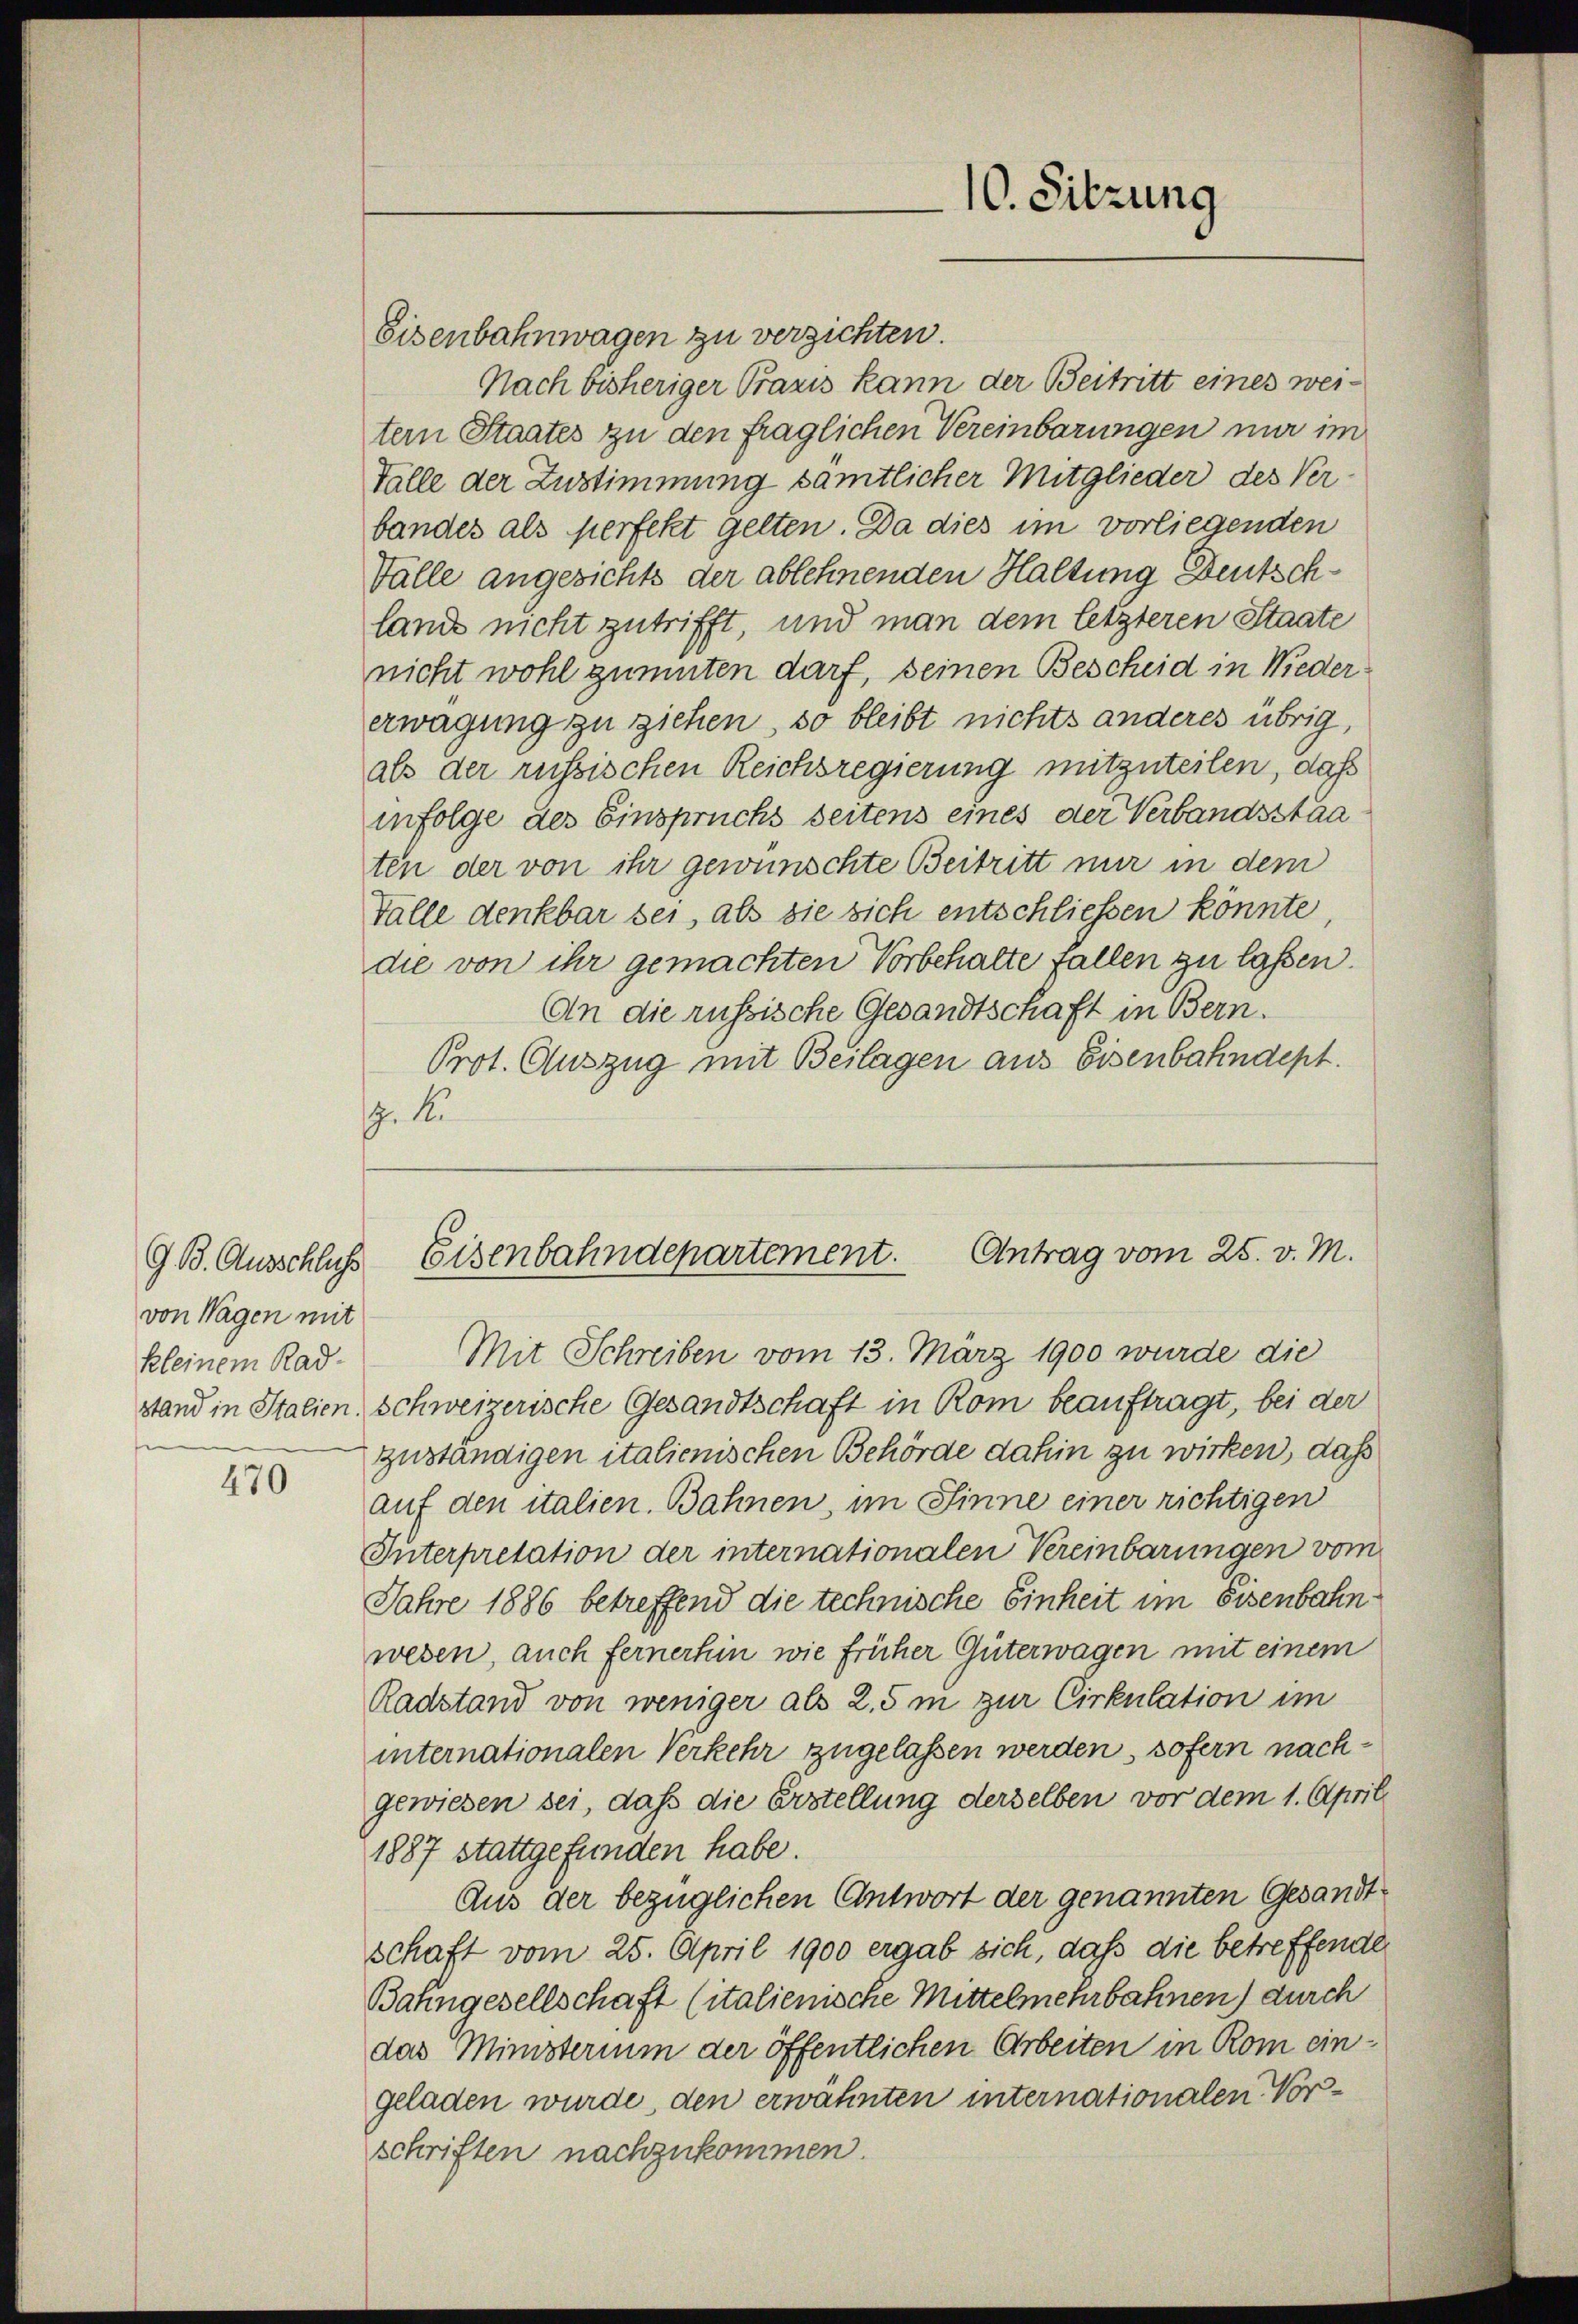
G. B. Ausschluss
von Wagen mit
kleinem Rad-

470

Eisenbahnwagen zu verzichten.
Nach bisheriger Praxis kann der Beitritt eines weitern Staates zu den fraglichen Vereinbarungen nur im
Talle der Zustimmung sämtlicher Mitglieder des Verbandes als perfekt gelten. Da dies im vorliegenden
Valle angesichts der ablehnenden Haltung Deutschlande nicht zutrifft, und man dem letzteren Staate
nicht wohl günnten darf, seinen Bescheid in Niedererwägung zu ziehen, so bleibt nichts anderes übrig,
als der russischen Reichsregierung mitzuteilen, daß
infolge des Einspruchs seitens eines der Verbandsstaa
ten der von ihr gewünschte Beitritt nur in dem
Talle denkbar sei, als sie sich entschließen könnte
die von ihr gemachten Vorbehalte fallen zu laßen.
An die russische Gesandtschaft in Bern.
Prot. Auszug mit Beilagen aus Eisenbahndept.
17. d.

10. Sitzung

Antrag vom 25. v. M.
Eisenbahndepartement.
Mit Schreiben vom 13. März 1900 wurde die

stand in Stalien, Schweizerische Gesandtschaft in Rom beauftragt, bei der
zuständigen italienischen Behörde dahin zu wirken, daß
auf den italien. Bahnen, im Sinne einer richtigen
Interpretation der internationalen Vereinbarungen vom
Jahre 1886 betreffend die technische Einheit im Eisenbahn
wesen, auch fernerhin wie früher Güterwagen mit einem
Radstand von weniger als 2.5 m zur Cirkulation im
internationalen Verkehr zugelassen werden, sofern nachgewiesen sei, daß die Erstellung derselben vor dem 1. April
1887 stattgefunden habe.
Aus der bezüglichen Antwort der genannten Gesandtschaft vom 25. April 1900 ergab sich, daß die betreffenden
Bahngesellschaft (italienische Mittelmehrbahnen) durch
das Ministerium der öffentlichen Arbeiten in Rom eingeladen wurde, den erwähnten internationalen Nor-
schriften nachzukommen.